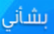
بشأني